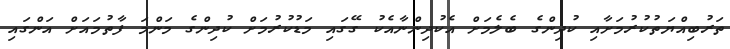
ތަރުބިއްޔަތުކުރުމަށާއި ކުދިންގެ ބެލެމަށް އެކުދިންނާއެކު ގޭގައި މަޑުކުރުމަށް ކުދިންގެ މަންމަ ފާތުމައަށް އަންގައި